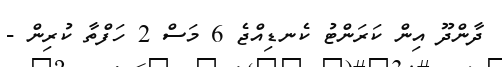
ދާންދޫ އިން ކަރަންޓު ކެނޑިއްޖެ 6 މަސް 2 ހަފްތާ ކުރިން -